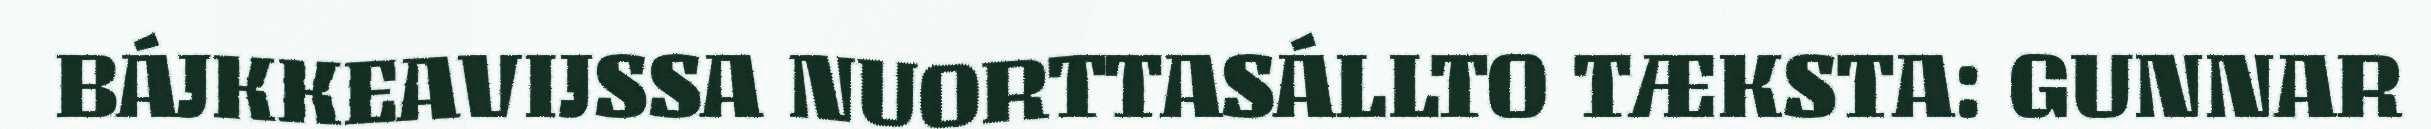
BÁJKKEAVIJSSA NUORTTASÁLLTO TÆKSTA: GUNNAR